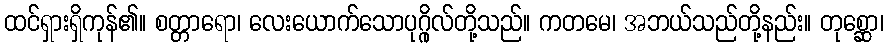
ထင်ရှားရှိကုန်၏။ စတ္တာရော၊ လေးယောက်သောပုဂ္ဂိုလ်တို့သည်။ ကတမေ၊ အဘယ်သည်တို့နည်း။ တုစ္ဆော၊